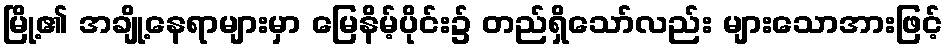
မြို့၏ အချို့နေရာများမှာ မြေနိမ့်ပိုင်း၌ တည်ရှိသော်လည်း များသောအားဖြင့်